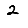
Digit: 2